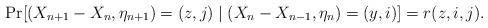
LaTeX: \begin{align*} \Pr [ (X_{n+1}-X_{n}, \eta_{n+1} ) = (z, j) \mid (X_{n} - X_{n-1} , \eta_{n} ) = ( y , i ) ] = r (z, i ,j).\end{align*}